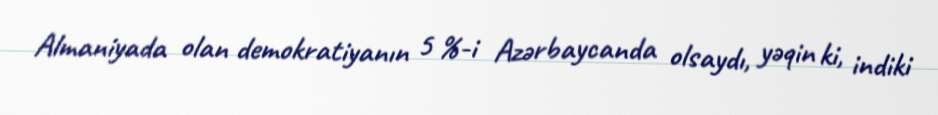
Almaniyada olan demokratiyanın 5 %-i Azərbaycanda olsaydı, yəqin ki, indiki